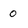
Character: 0